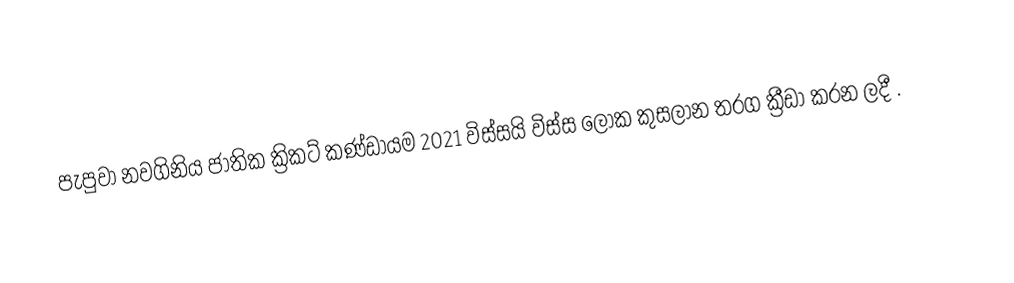
පැපුවා නවගිනිය ජාතික ක්‍රිකට් කණ්ඩායම 2021 විස්සයි විස්ස ලෝක කුසලාන තරග ක්‍රීඩා කරන ලදී .